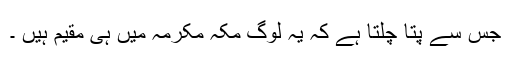
جس سے پتا چلتا ہے کہ یہ لوگ مکّہ مکرمہ میں ہی مقیم ہیں ۔